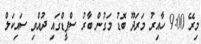
މިރޭ 9:00 ހާއިރު މަރަދޫ ބޮޑު މަގުން ބާރު ސްޕީޑްގައި ދުއްވި ސައިކަލް